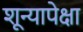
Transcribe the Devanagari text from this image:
शून्यापेक्षा